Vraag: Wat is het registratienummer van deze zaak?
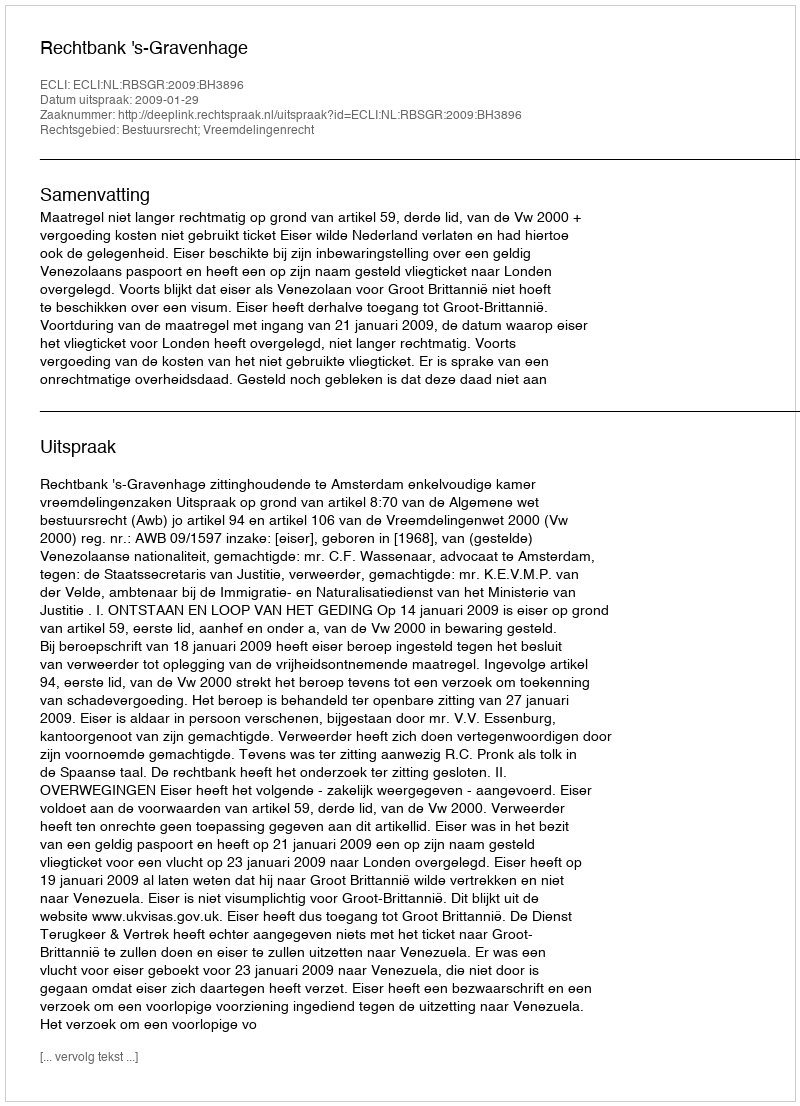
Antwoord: http://deeplink.rechtspraak.nl/uitspraak?id=ECLI:NL:RBSGR:2009:BH3896